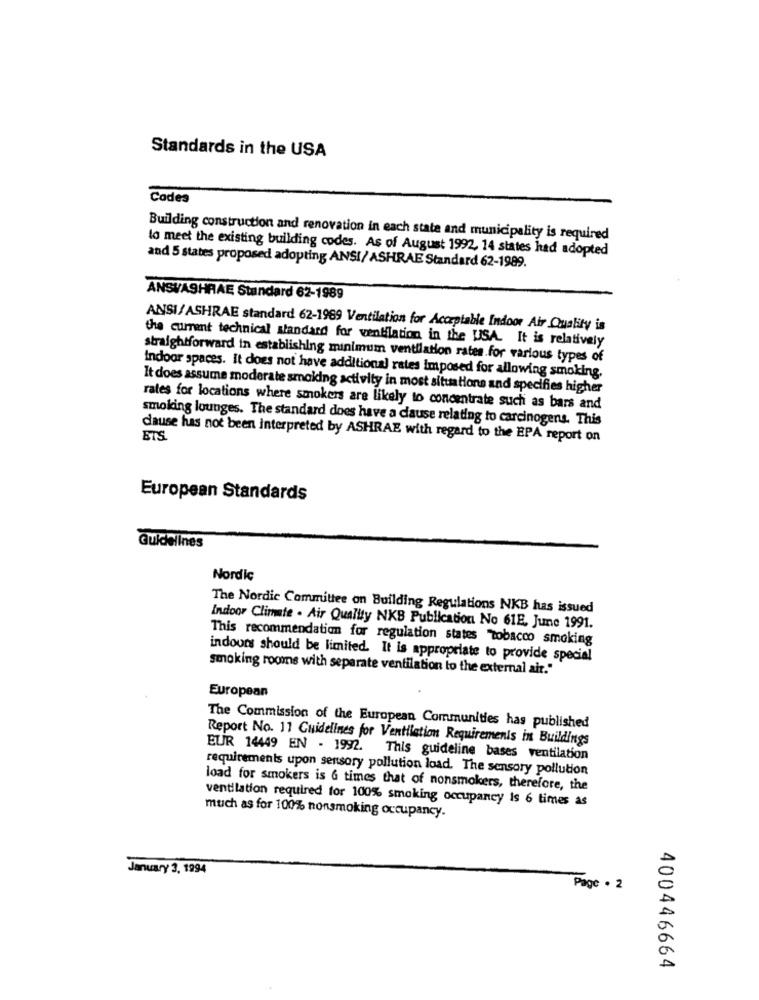
Standards in the USA
Codes
Building construction and renovation in each state and municipality is required
to meet the existing building codes. As of August 1992, 14 states had adopted
and 5 states proposed adopting ANSI/ ASHRAE Standard 62-1989.
ANSI/ASHRAE Standard 62-1989
ANSI/ASHRAE standard 62-1989 Ventilation for Acceptable Indoor Air Quality is
the current technical standard for ventilation in the USA. It is relatively
straightforward in establishing minimum ventilation rates.for various types of
indoor spaces. It does not have additional rates imposed for allowing smoking.
It does assume moderate smoking activity in most situations and specifies higher
rates for locations where smokers are likely to concentrate such as bars and
smoking lounges. The standard does have a cause relating to carcinogens. This
cause has not been interpreted by ASHRAE with regard to the EPA report on
ETS.
European Standards
Guidelines
Nordic
The Nordic Committee on Building Regulations NKB has issued
Indoor Climate . Air Quality NKB Publication No 61E. June 1991.
This recommendation for regulation states tobacco smoking
indoors should be limited. It is appropriate to provide special
smoking rooms with separate ventilation to the external ait."
European
The Commission of the European Communities has published
Report No. 11 Guidelines for Ventilation Requirements in Buildings
EUR 14449 EN - 1992. This guideline bases ventilation
requirements upon sensory pollution load. The sensory pollution
load for smokers is & times that of nonsmokers, therefore, the
ventilation required for 100% smoking occupancy Is 6 times as
much as for 100% nonsmoking occupancy.
January 3, 1994
Page . 2
400446664